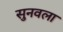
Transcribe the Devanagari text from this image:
सुनवला